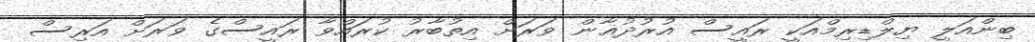
ބިންއަލީ ޔިލްޑިރިމްއަކީ ރައީސް އުރުދުޣާން ވަރަށް އިތުބާރު ކުރައްވާ ރައީސްގެ ވަރަށް އަރިސް